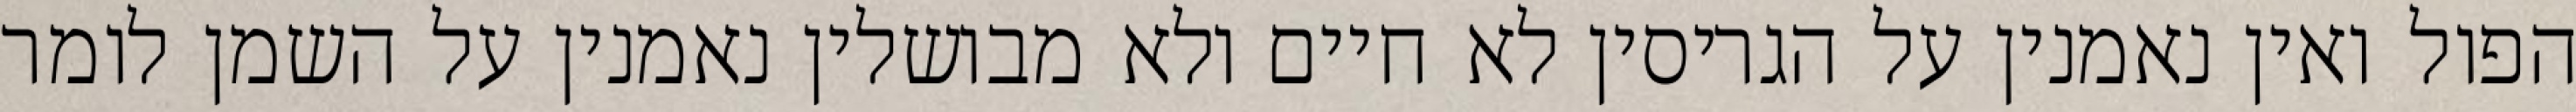
הפול ואין נאמנין על הגריסין לא חיים ולא מבושלין נאמנין על השמן לומר